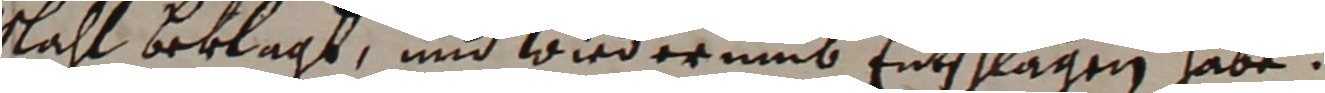
ahl beklagt und wiederumb entschlagen habe.